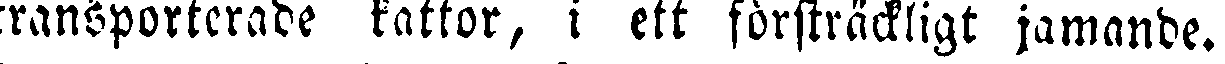
ransporterade kattor, i ett förskräckligt jamande.